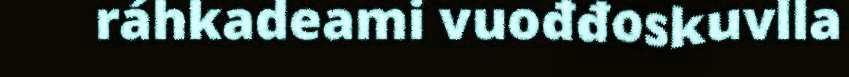
ráhkadeami vuođđoskuvlla